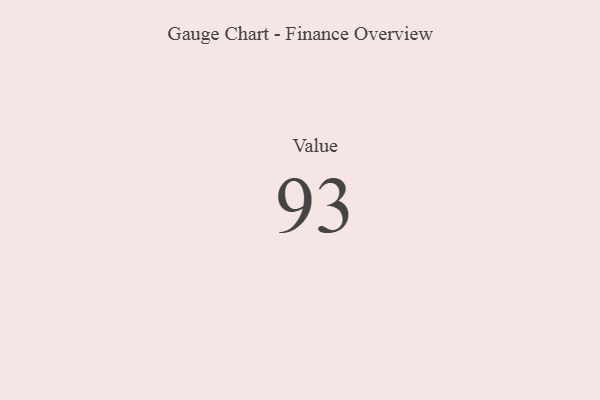
{"axis": {"x": "Metric", "y": "Value"}, "legend": [""], "data": [{"x": "Value", "y": 93, "type": ""}]}